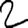
Digit: 2